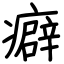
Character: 癖